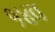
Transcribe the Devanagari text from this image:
१४व